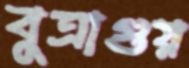
বুত্রাগুয়